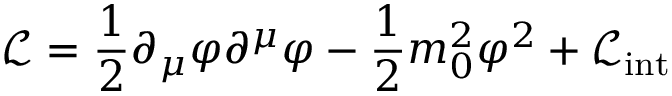
{ \mathcal { L } } = { \frac { 1 } { 2 } } \partial _ { \mu } \varphi \partial ^ { \mu } \varphi - { \frac { 1 } { 2 } } m _ { 0 } ^ { 2 } \varphi ^ { 2 } + { \mathcal { L } } _ { \mathrm { i n t } }